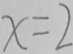
x = 2